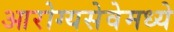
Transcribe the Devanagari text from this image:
आरोग्यसेवेमध्ये